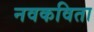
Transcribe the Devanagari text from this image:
नवकविता